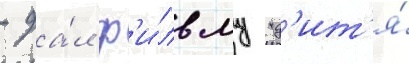
- да́л ф'и́льму "д'ит'я́